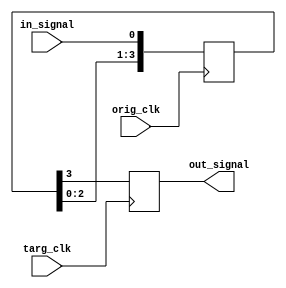
module four_flop_synchronizer (
    input wire in_signal,
    input wire orig_clk,
    input wire targ_clk,
    output reg out_signal
);

reg [3:0] flop;

always @(posedge orig_clk) begin
  flop <= {flop[2:0], in_signal};  // input signal sampled by first flip-flop
end

always @(posedge targ_clk) begin
  out_signal <= flop[3]; // output of the cascade of flip-flops
end

endmodule